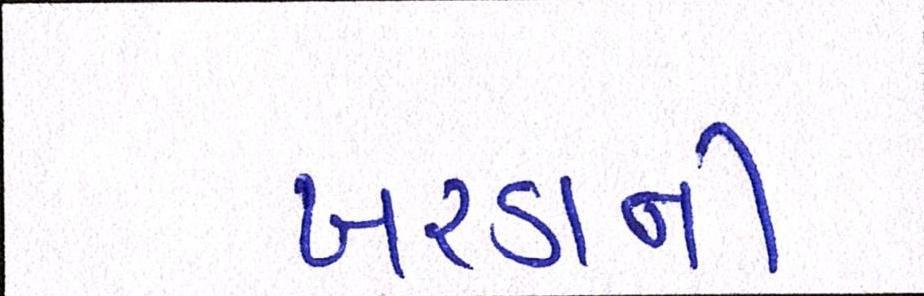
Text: ખરડાની